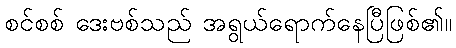
စင်စစ် ဒေးဗစ်သည် အရွယ်ရောက်နေပြီဖြစ်၏။